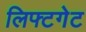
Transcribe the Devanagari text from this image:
लिफ्टगेट